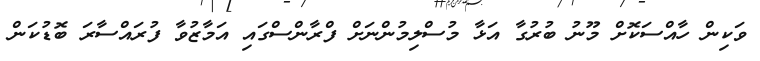
ވަކިން ހާއްސަކޮށް މޫނު ބުރުގާ އަޅާ މުސްލިމުންނަށް ފްރާންސްގައި އަމާޒުވާ ފުރައްސާރަ ބޮޑުކަން